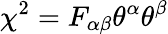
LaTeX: \chi^{2}=F_{\alpha\beta}\theta^{\alpha}\theta^{\beta}